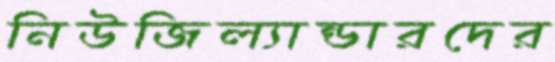
নিউজিল্যান্ডারদের